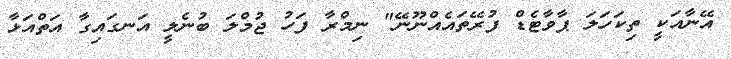
އޭނާއަކީ ތިކަހަލަ ޕާވާޓެޑް ފުރޭތައެއްނޫނޭ" ނިމްރާ ފަހު ޖުމްލަ ބުނެލީ އަނގައިގާ އަތްއަޅާ